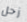
زحل